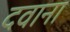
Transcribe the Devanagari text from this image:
दवाना